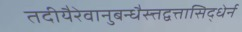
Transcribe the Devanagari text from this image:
तदीयैरेवानुबन्धैस्त्तद्वत्तासिद्धेर्न